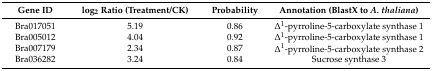
<table><thead><tr><td><b>Gene ID</b></td><td><b>log<sub>2</sub> Ratio (Treatment/CK)</b></td><td><b>Probability</b></td><td><b>Annotation (BlastX to <i>A. thaliana</i>)</b></td></tr></thead><tbody><tr><td>Bra017051</td><td>5.19</td><td>0.86</td><td>Δ<sup>1</sup>-pyrroline-5-carboxylate synthase 1</td></tr><tr><td>Bra005012</td><td>4.04</td><td>0.92</td><td>Δ<sup>1</sup>-pyrroline-5-carboxylate synthase 1</td></tr><tr><td>Bra007179</td><td>2.34</td><td>0.87</td><td>Δ<sup>1</sup>-pyrroline-5-carboxylate synthase 2</td></tr><tr><td>Bra036282</td><td>3.24</td><td>0.84</td><td>Sucrose synthase 3</td></tr></tbody></table>